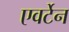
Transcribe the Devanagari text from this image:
एवर्टेन